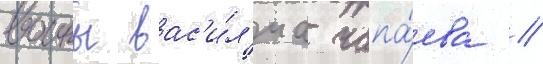
воины вас'и́л'иа чапа́ева //